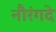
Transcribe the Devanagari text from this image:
नौरंगदे